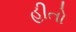
હીતો